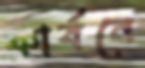
কার্বনে